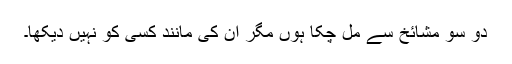
دو سو مشائخ سے مل چکا ہوں مگر ان کی مانند کسی کو نہیں دیکھا۔